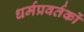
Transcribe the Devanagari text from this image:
धर्मप्रवर्तकों